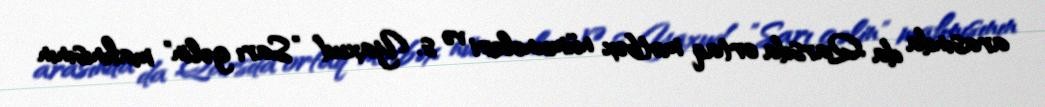
arasında da Qarsda ortaq mətbəx nümunələri və s. Yaxud ”Sarı gəlin" mahnısının